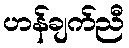
ဟန်ချက်ညီ